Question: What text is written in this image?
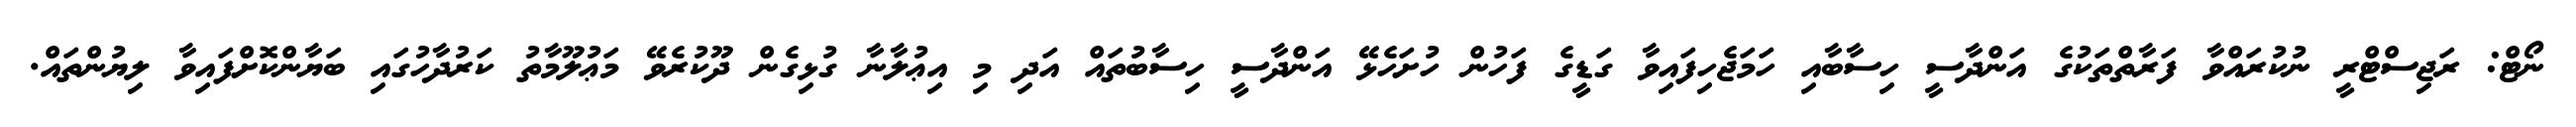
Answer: ނޯޓް: ރަޖިސްޓްރީ ނުކުރައްވާ ފަރާތްތަކުގެ އަންދާސީ ހިސާބާއި ހަމަޖެހިފައިވާ ގަޑީގެ ފަހުން ހުށަހެޅޭ އަންދާސީ ހިސާބުތައް އަދި މި އިޢުލާނާ ގުޅިގެން ދޫކުރެވޭ މަޢުލޫމާތު ކަރުދާހުގައި ބަޔާންކޮށްފައިވާ ލިޔުންތައް.